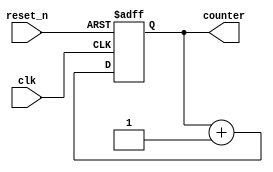

module counter_nbit 
    // Parameters section
    #( parameter CNT_WIDTH = 3)
    // Ports section
    (input clk,
    input reset_n,
    output reg [CNT_WIDTH-1:0] counter);
  
    // Use non-blocking assignment for sequential logic
    always @(posedge clk or negedge reset_n) begin
        if (!reset_n)
		    counter <= 0;
		else
		    counter <= counter + 1'b1;
    end  
  
endmodule